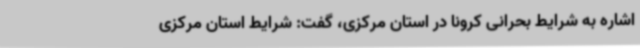
اشاره به شرایط بحرانی کرونا در استان مرکزی، گفت: شرایط استان مرکزی